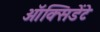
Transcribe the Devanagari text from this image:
ऑक्सिडेंटे